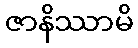
ဇာနိဿာမိ